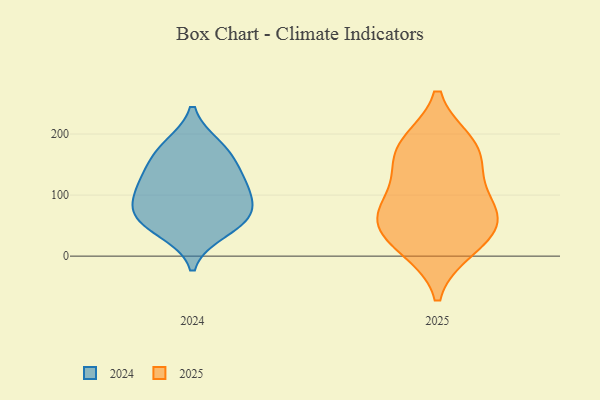
{"axis": {"x": "Demand Index", "y": "Value"}, "legend": ["2024", "2025"], "data": [{"x": "", "y": 129, "type": "2025"}, {"x": "", "y": 182, "type": "2025"}, {"x": "", "y": 85, "type": "2025"}, {"x": "", "y": 162, "type": "2025"}, {"x": "", "y": 66, "type": "2025"}, {"x": "", "y": 13, "type": "2025"}, {"x": "", "y": 184, "type": "2025"}, {"x": "", "y": 21, "type": "2025"}, {"x": "", "y": 58, "type": "2025"}, {"x": "", "y": 60, "type": "2025"}, {"x": "", "y": 143, "type": "2024"}, {"x": "", "y": 180, "type": "2024"}, {"x": "", "y": 59, "type": "2024"}, {"x": "", "y": 70, "type": "2024"}, {"x": "", "y": 66, "type": "2024"}, {"x": "", "y": 96, "type": "2024"}, {"x": "", "y": 172, "type": "2024"}, {"x": "", "y": 115, "type": "2024"}, {"x": "", "y": 119, "type": "2024"}, {"x": "", "y": 41, "type": "2024"}]}